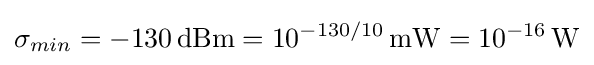
\sigma _{min}=-130\,\mathrm {dBm} =10^{-130/10}\,\mathrm {mW} =10^{-16}\,\mathrm {W} \,\!